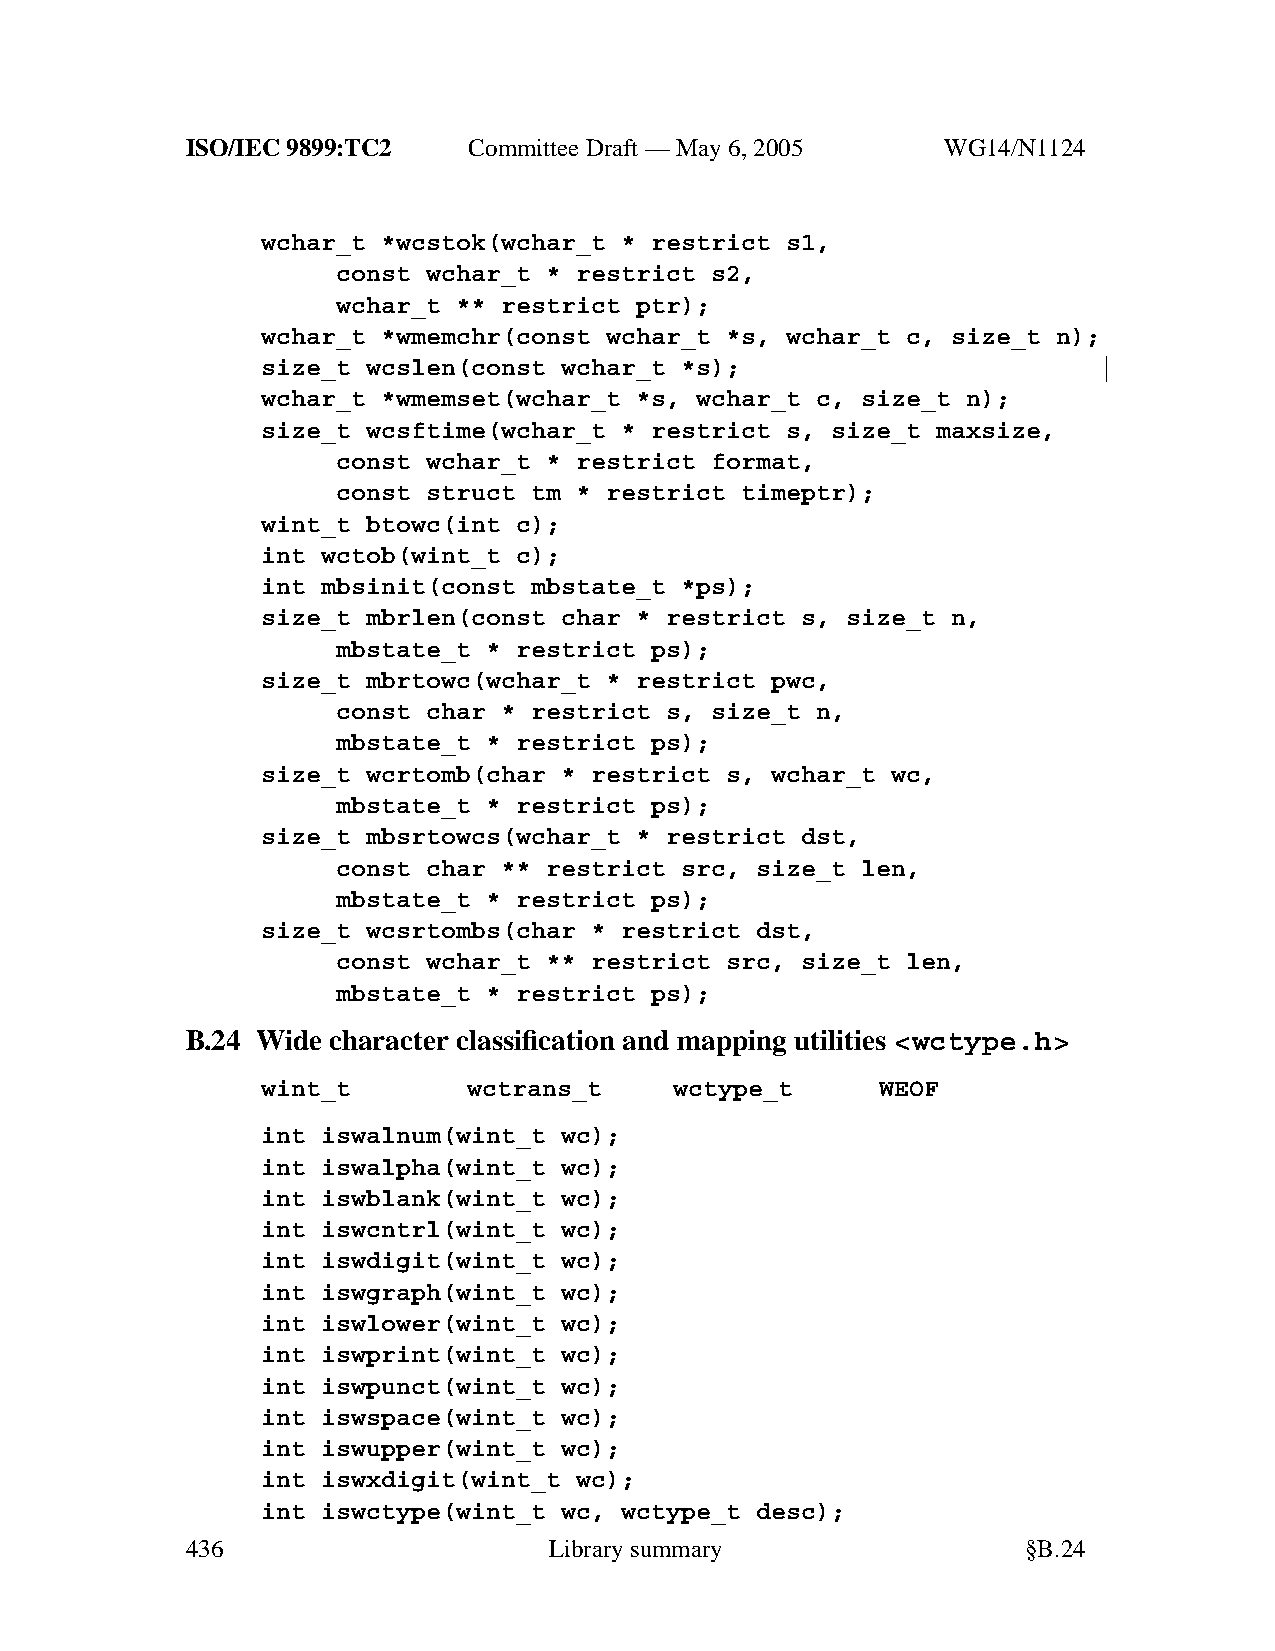
ISO/IEC 9899:TC2   Committee Draft — May 6, 2005   WG14/N1124
 wchar_t *wcstok(wchar_t * restrict s1,
 const wchar_t * restrict s2,
 wchar_t ** restrict ptr);
 wchar_t *wmemchr(const wchar_t *s, wchar_t c, size_t n);
 size_t wcslen(const wchar_t *s);
 wchar_t *wmemset(wchar_t *s, wchar_t c, size_t n);
 size_t wcsftime(wchar_t * restrict s, size_t maxsize,
 const wchar_t * restrict format,
 const struct tm * restrict timeptr);
 wint_t btowc(int c);
 int wctob(wint_t c);
 int mbsinit(const mbstate_t *ps);
 size_t mbrlen(const char * restrict s, size_t n,
 mbstate_t * restrict ps);
 size_t mbrtowc(wchar_t * restrict pwc,
 const char * restrict s, size_t n,
 mbstate_t * restrict ps);
 size_t wcrtomb(char * restrict s, wchar_t wc,
 mbstate_t * restrict ps);
 size_t mbsrtowcs(wchar_t * restrict dst,
 const char ** restrict src, size_t len,
 mbstate_t * restrict ps);
 size_t wcsrtombs(char * restrict dst,
 const wchar_t ** restrict src, size_t len,
 mbstate_t * restrict ps);
 B.24 Wide character classification and mapping utilities <wctype.h>
 wint_t        wctrans_t     wctype_t     WEOF
 int iswalnum(wint_t wc);
 int iswalpha(wint_t wc);
 int iswblank(wint_t wc);
 int iswcntrl(wint_t wc);
 int iswdigit(wint_t wc);
 int iswgraph(wint_t wc);
 int iswlower(wint_t wc);
 int iswprint(wint_t wc);
 int iswpunct(wint_t wc);
 int iswspace(wint_t wc);
 int iswupper(wint_t wc);
 int iswxdigit(wint_t wc);
 int iswctype(wint_t wc, wctype_t desc);
 436                     Librarysummary                  §B.24